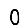
Digit: 0